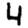
Digit: 4